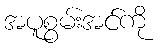
အပူစွမ်းအင်ကို